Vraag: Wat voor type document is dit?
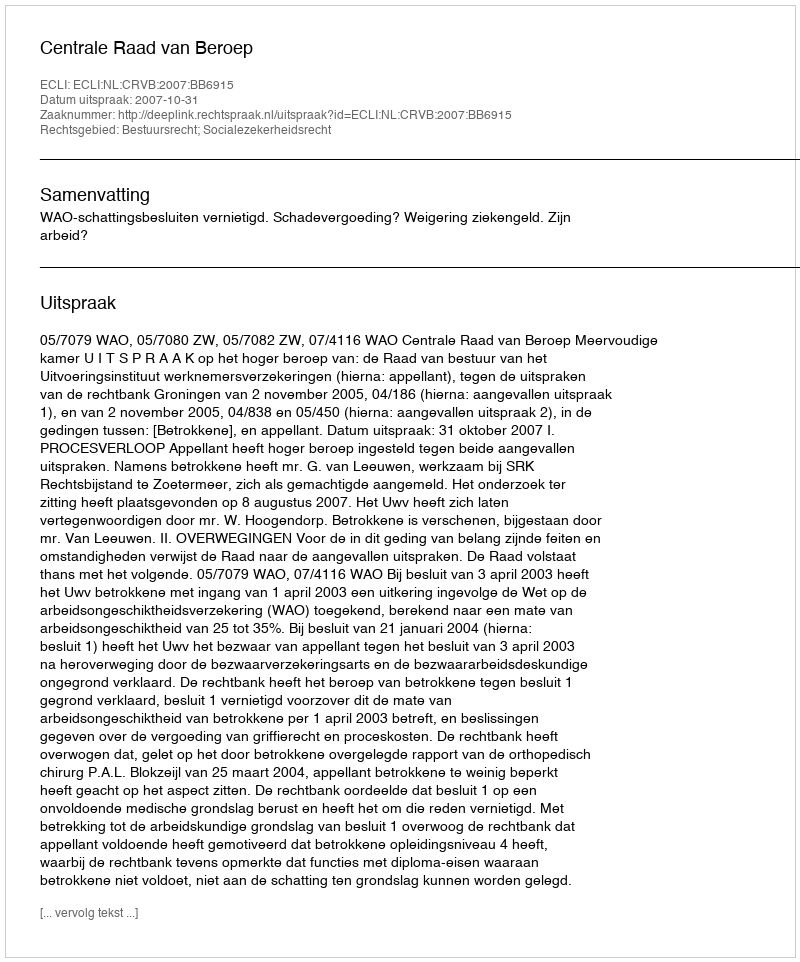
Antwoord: Uitspraak